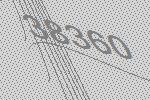
38360